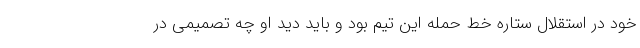
خود در استقلال ستاره خط حمله این تیم بود و باید دید او چه تصمیمی در